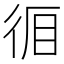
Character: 𭛪